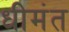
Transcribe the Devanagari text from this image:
धीमंत